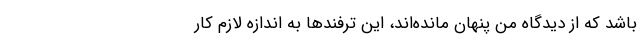
باشد که از دیدگاه من پنهان مانده‌اند، این ترفندها به اندازه لازم کار